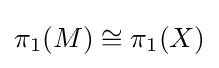
\pi _{1}(M)\cong \pi _{1}(X)